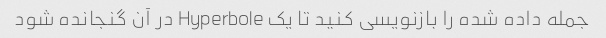
جمله داده شده را بازنویسی کنید تا یک Hyperbole در آن گنجانده شود